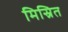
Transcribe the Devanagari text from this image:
मिस्रित